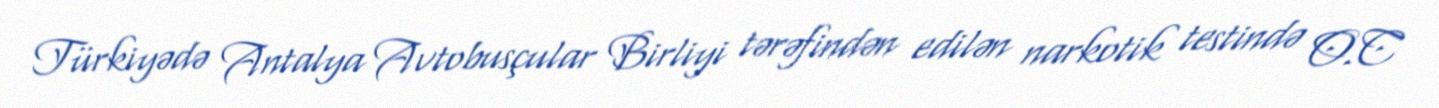
Türkiyədə Antalya Avtobusçular Birliyi tərəfindən edilən narkotik testində O.C